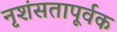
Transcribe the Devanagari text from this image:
नृशंसतापूर्वक